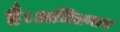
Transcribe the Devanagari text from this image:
है।अजितनाथ